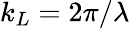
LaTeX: k_{L}=2\pi/\lambda